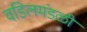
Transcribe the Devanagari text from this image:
वडिलमंडळी